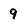
Character: 9